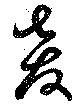
奔